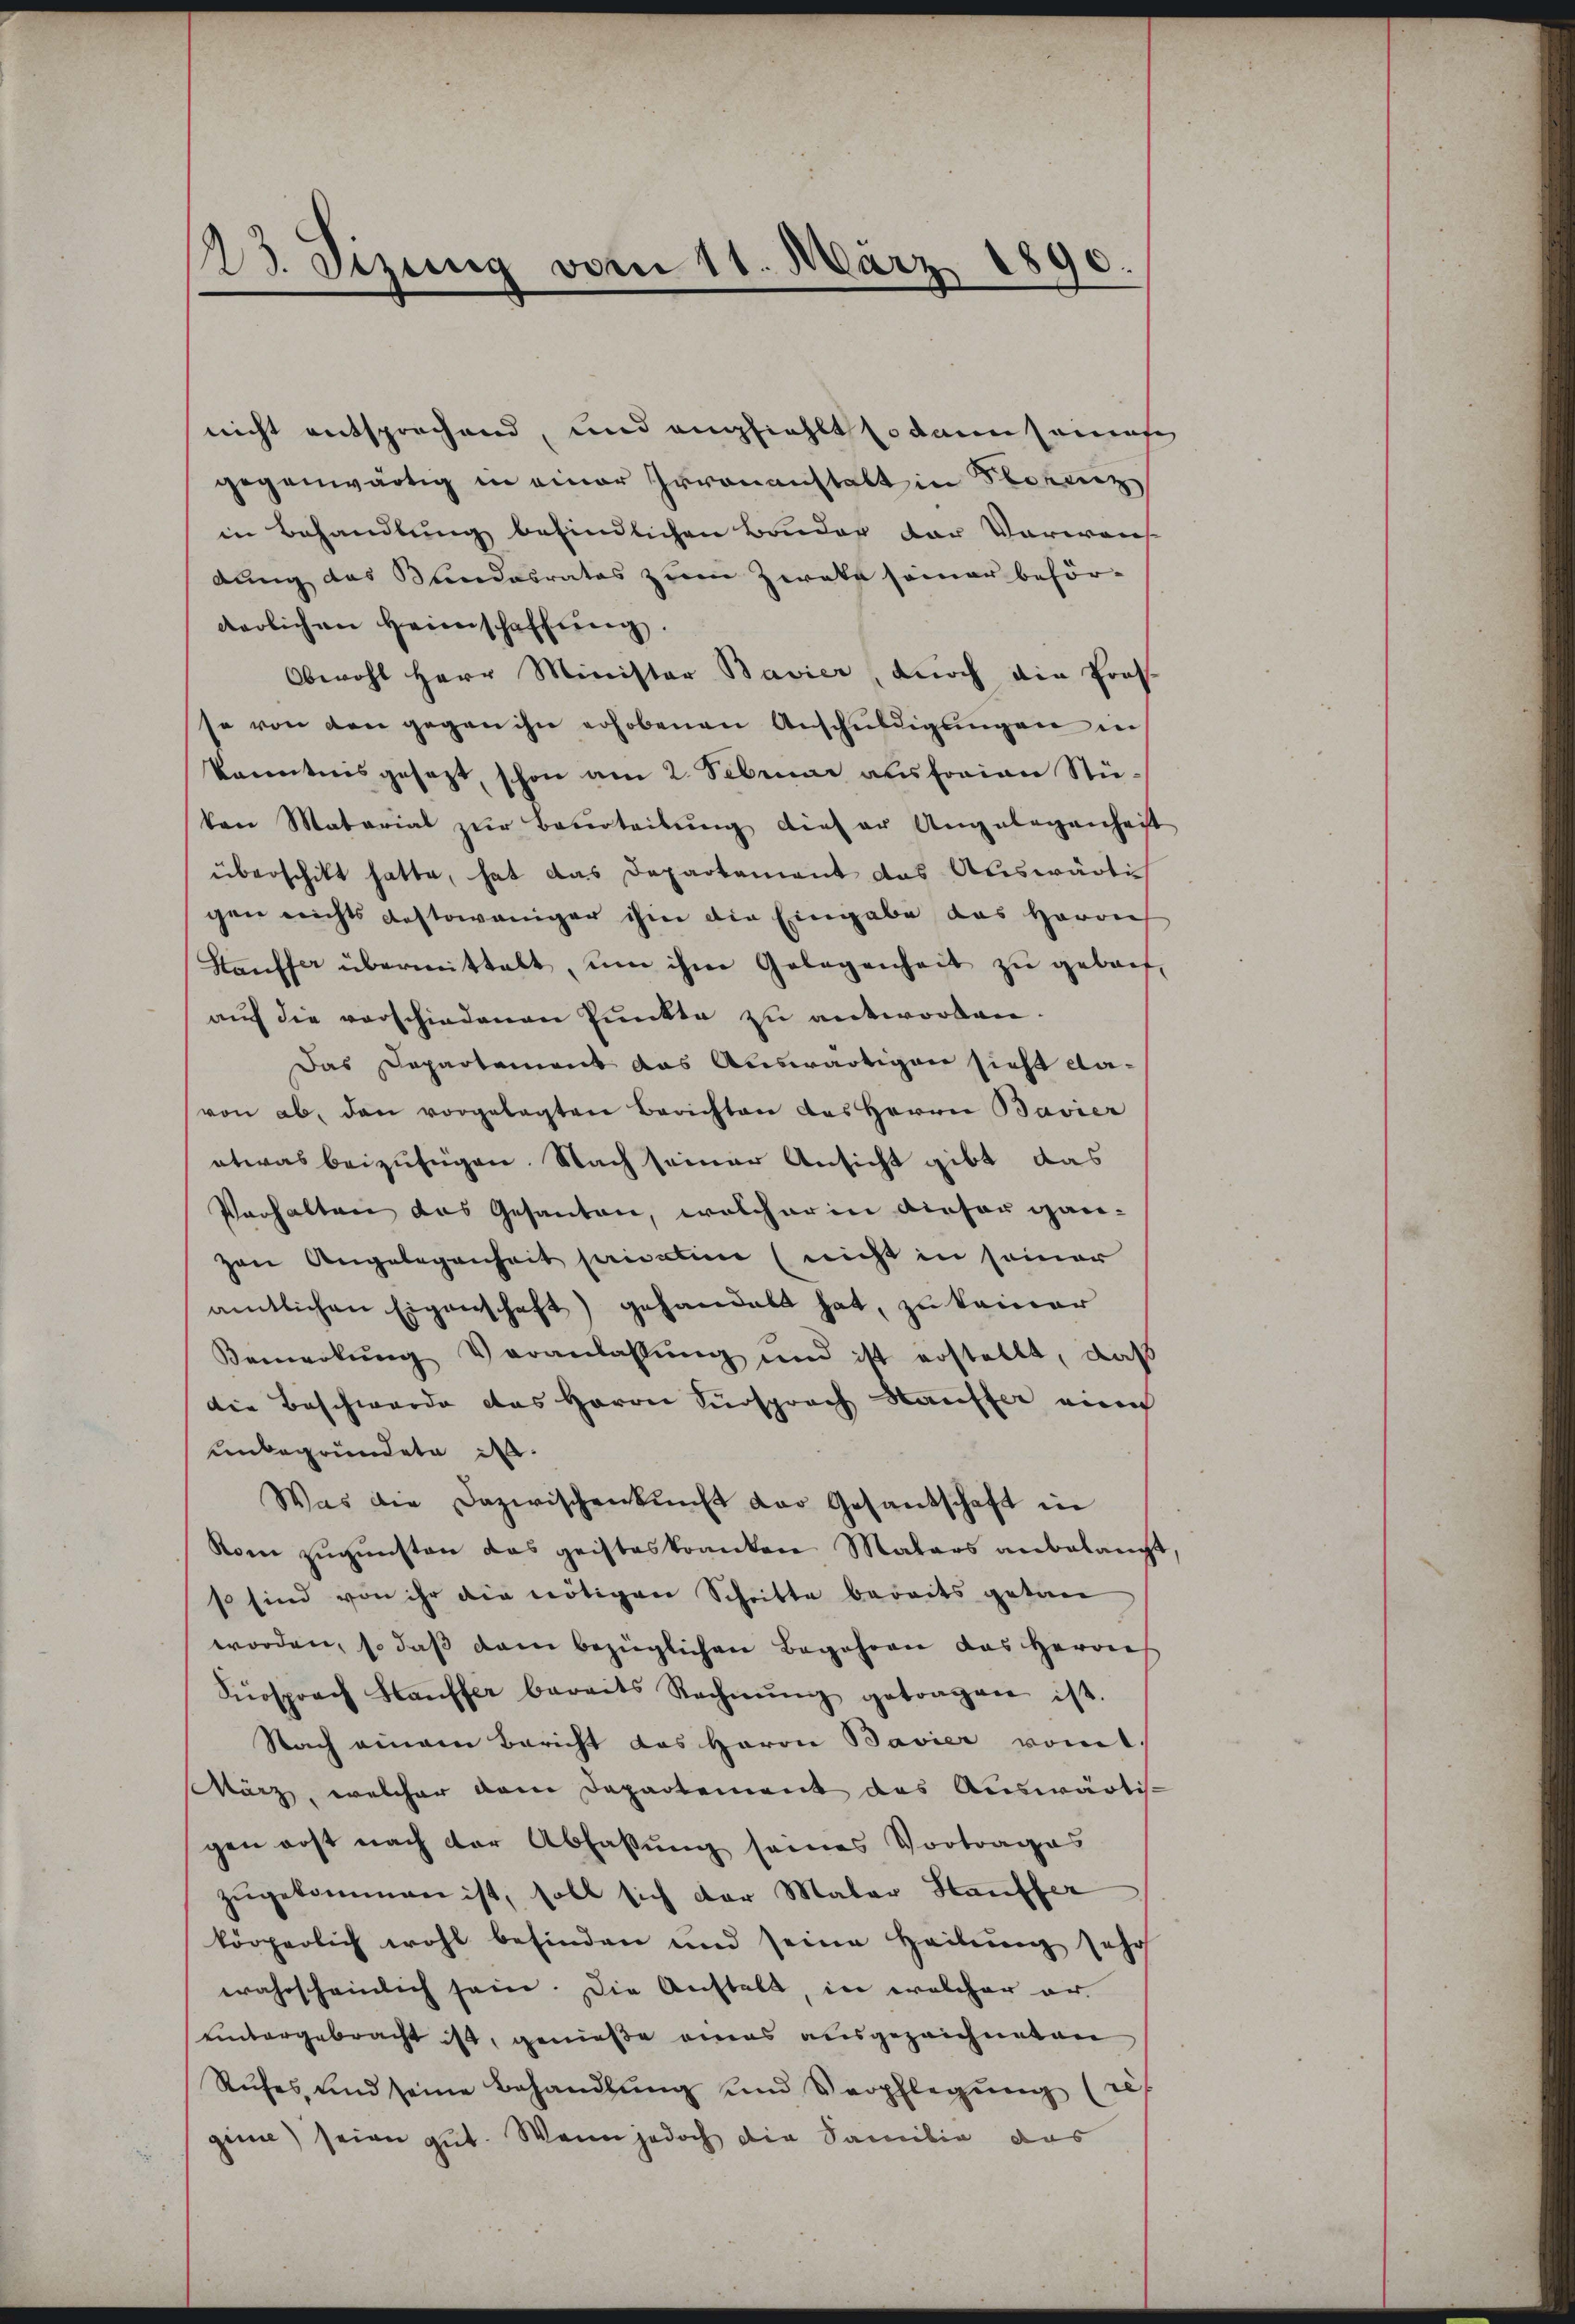
23. Sizung vom 11. März 1890.

nicht entsprechend, und anziehlt so dann sames
gegenwärtig in einer Irrenanstalt in Florenz
in Behandlung befindlichen Bonder der Vorweis
dung das Bundesrates zum Zweke seiner beförderlichen Heimschaffŭng.
Obwohl Herr Minister Bavier, durch die Prof
se von den gegen ihn erhobenen Anschuldigungen in
kanntnis gesezt, schon am 2. Februar ausfreien Stüken Material zŭr Beurteilŭng dieser Angelegenheit
überschikt hatte, hat das Departement das Auswärti
gen nichts destoweniger ihm die Eingabe das Herrn
Stauffer übermittelt, um ihm Gelegenheit zŭ gebach
auf die verschiedenen Punkte zu antworten.
Das Departement das Auswärtigen sicht davon ab, den vorgelegten Berichten des Herrn Bavier
etwas beizufügen. Nach seiner Ansicht gibt das
Verhalten das Gesanten, welcher in dieser ganzen Angelegenheit sanatim (nicht in seiner
amtlichen Eigenschaft) gehandelt hat, zu keiner
Bemerkŭng Veranlassŭng und ist erstellt, daβ
die Beschwerde das Herrn Fürsprach Hauffer eine
unbegründete d
Was die Dazwischenkunft der Gesandschaft in
Kom zugunsten das geisteskranken Malers anbelangt
so sind von ihr die nötigen Schritte bereits getan
worden, so daß dann bezüglichen Begehren das Herrn
Fürsprach Hauffer bereits Rechnŭng getragen ist.
Nach einem Bericht das Herrn Bavier vom
März, welcher dem Departement das Auswärtigen erst nach der Abfassung seines Vortrages
zŭgekommen ist, soll sich der Maler Hauffer
körperlich wohl befinden und seine Heilung sehr
wahrscheinlich sein. Die Anstalt, in welcher er
uintergebracht ist, genieße eines ausgezeichneten
Rufes, und seine Behandlŭng und Verpflegŭng (res
ginie) seien gut. Wenn jedoch die Samilie das